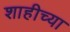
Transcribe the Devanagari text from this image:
शाहीच्या